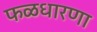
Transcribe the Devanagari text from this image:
फळधारणा